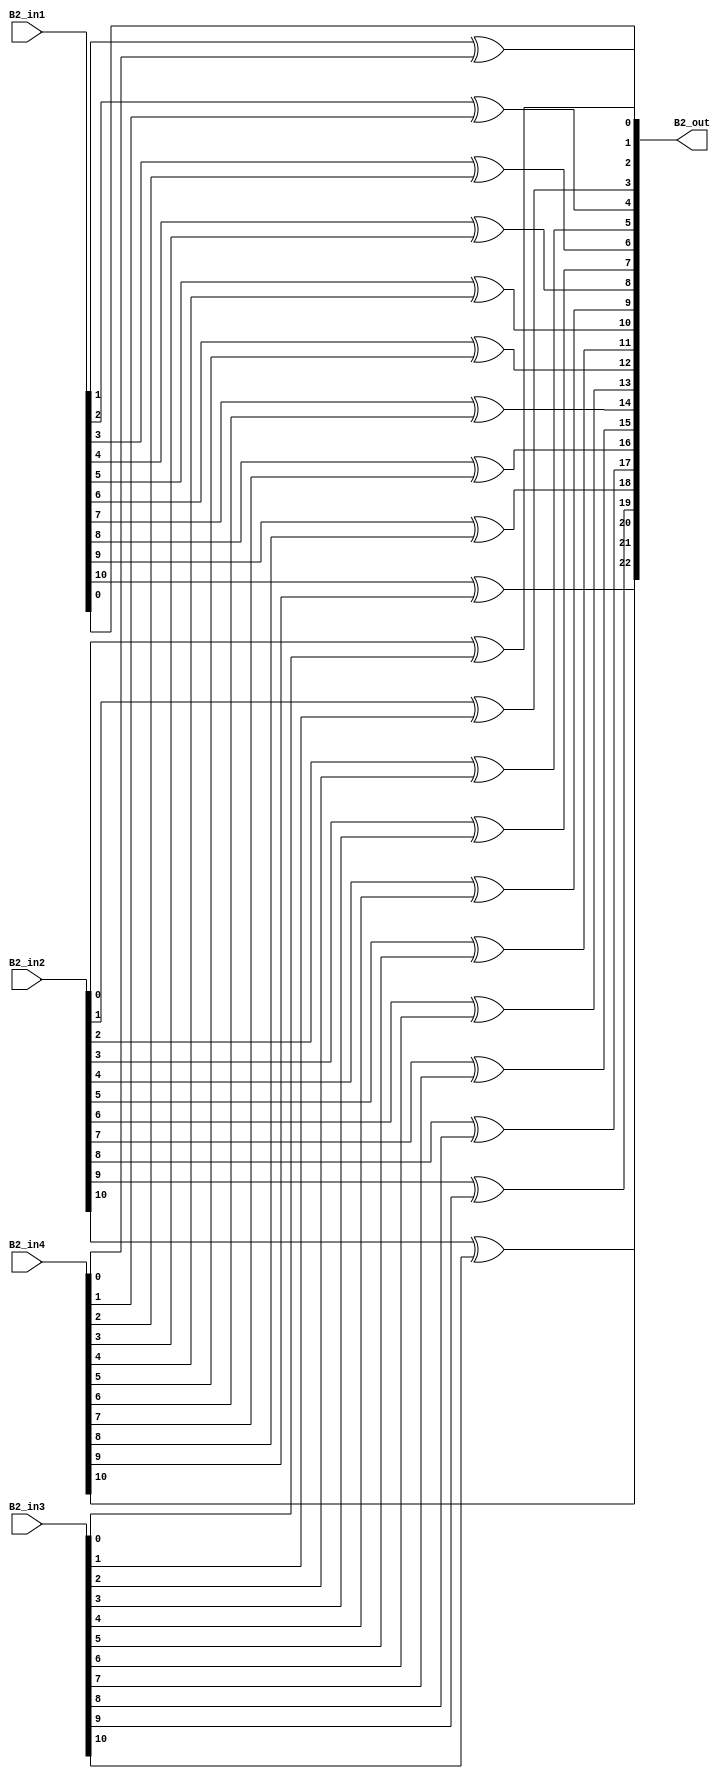
module overlap_module_12bit(
    B2_in1,
    B2_in2,
    B2_in3,
    B2_in4,
    B2_out
    );


parameter n = 12;

input [n-2:0] B2_in1;
input [n-2:0] B2_in2;
input [n-2:0] B2_in3;
input [n-2:0] B2_in4;

output [2*n-2:0] B2_out;

assign B2_out[0] = B2_in1[0];

assign B2_out[2] = B2_in1[1]^B2_in4[0];

assign B2_out[4] = B2_in1[2]^B2_in4[1];

assign B2_out[6] = B2_in1[3]^B2_in4[2];

assign B2_out[8] = B2_in1[4]^B2_in4[3];

assign B2_out[10] = B2_in1[5]^B2_in4[4];

assign B2_out[1] = B2_in2[0]^B2_in3[0];

assign B2_out[3] = B2_in2[1]^B2_in3[1];

assign B2_out[5] = B2_in2[2]^B2_in3[2];

assign B2_out[7] = B2_in2[3]^B2_in3[3];

assign B2_out[9] = B2_in2[4]^B2_in3[4];

assign B2_out[11] = B2_in2[5]^B2_in3[5];

assign B2_out[13] = B2_in2[6]^B2_in3[6];

assign B2_out[15] = B2_in2[7]^B2_in3[7];

assign B2_out[17] = B2_in2[8]^B2_in3[8];

assign B2_out[19] = B2_in2[9]^B2_in3[9];

assign B2_out[21] = B2_in2[10]^B2_in3[10];

assign B2_out[12] = B2_in1[6]^B2_in4[5];

assign B2_out[14] = B2_in1[7]^B2_in4[6];

assign B2_out[16] = B2_in1[8]^B2_in4[7];

assign B2_out[18] = B2_in1[9]^B2_in4[8];

assign B2_out[20] = B2_in1[10]^B2_in4[9];

assign B2_out[22] = B2_in4[10];

endmodule